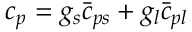
c _ { p } = g _ { s } \bar { c } _ { p s } + g _ { l } \bar { c } _ { p l }